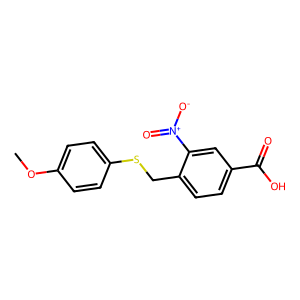
SMILES: COc1ccc(SCc2ccc(C(=O)O)cc2[N+](=O)[O-])cc1
Inhibits HIV replication: No